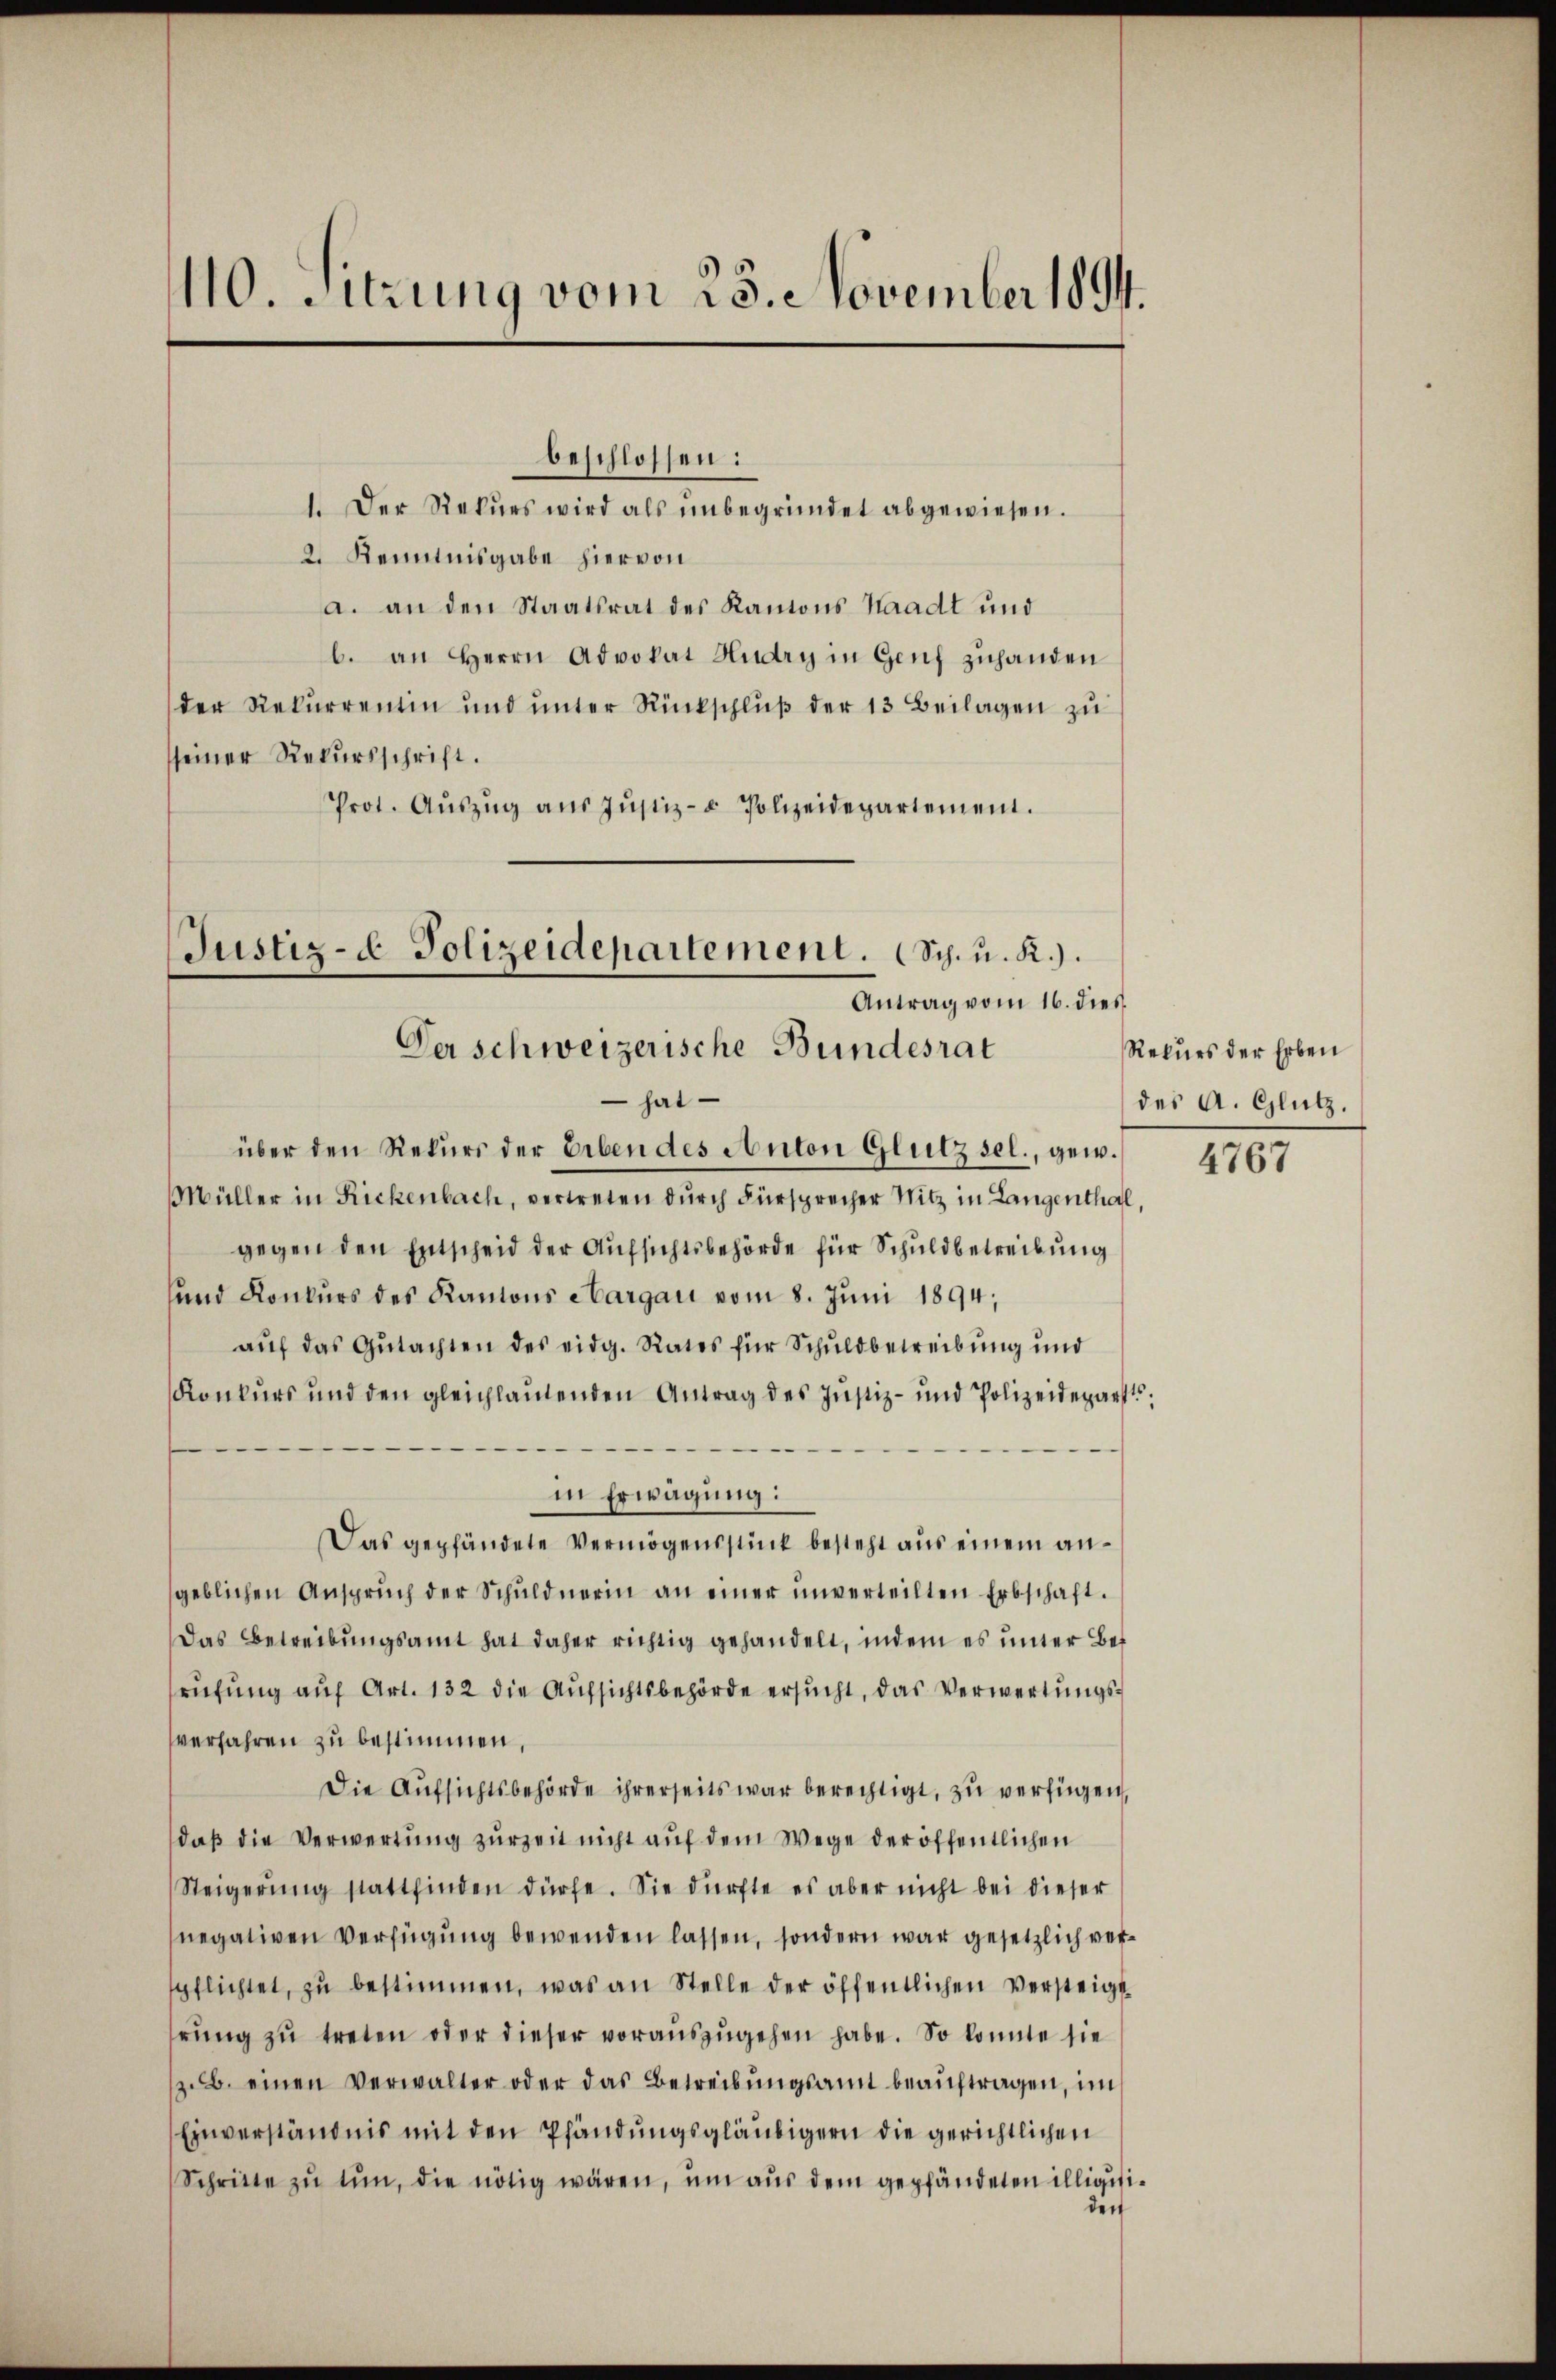
110. Sitzung vom 28. November 1891.

1. Der Rekŭrs wird als ŭnbegründet abgewiesen.
2. Kenntnisgabe hiervon
a. an den Staatsrat des Kantons Waadt und
b. an Herrn Advokat Hudry in Genf zuhanden
der Rekurrentin und ŭnter Rückschlŭβ der 13 Beilagen zu
sseiner Rekursschrift.
Prot. Aŭszŭg aŭs Jŭstiz- u Polizeidepartement.

beschlossen:

Justiz- & Polizeidepartement. (Sch. u. R.).
Antrag vom 16. dies
Der schweizerische Bundesrat

hat
über den Rekurs der Erben des Anton Glutz sel., gew.
Müller in Rickenbach, vertreten durch Fürsprecher Nitz in Langenthal,
gegen den Entscheid der Aufsichtsbehörde für Schuldbetreibung
und Konkurs des Kantons Aargau vom 8. Juni 1894;
aŭf das Gutachten des eidg. Rates für Schuldbetreibung und
Konkurs und den gleichlautenden Antrag des Justiz- und Polizeidepart.
in Erwägung:
Das gepfändete Vermögensstück besteht aus einem angeblichen Ansprŭch der Schŭldnerin an einer ŭnverteilten Erbschaft.
Das Betreibŭngsamt hat daher richtig gehandelt, indem es ŭnter Bet
rufung auf Art. 132 die Aufsichtsbehörde ersucht, das Verwertungsverfahren zu bestimmen,
Die Aufsichtsbehörde ihrerseits war berechtigt, zu verfügen,
daß die Verwertung zurzeit nicht auf dem Wege der öffentlichen
Steigerŭng stattfinden dürfe. Sie dürfte es aber nicht bei dieser
negativen Verfügung bewenden lassen, sondern war gesetzlich verspflichtet, zŭ bestimmen, was an Stelle der öffentlichen Versteigt
rŭng zŭ treten oder dieser voraŭszŭgehen habe. So konnte sie
z. B. einen verwalter oder das Betreibŭngsamt beaŭftragen, im
Einverständnis mit den Pfändungsgläubigern die gerichtlichen
Schritte zŭ tŭn, die nötig wären, ŭm aŭs dem gepfändeten illigisiden

Rekurs der Erben
des A. Glutz.

4767